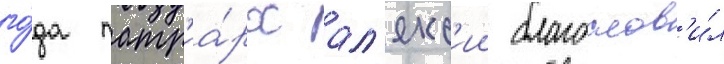
го́да патр'иа́рх ал'екс'ии благослов'и́л